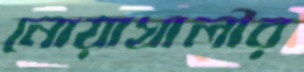
নোয়াখালীর